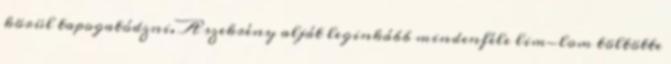
körül tapogatódzni. A szekrény alját leginkább mindenféle lim-lom töltötte